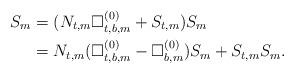
LaTeX: \begin{align*}S_m&=(N_{t,m}\Box^{(0)}_{t,b,m}+S_{t,m})S_m\\&=N_{t,m}(\Box^{(0)}_{t,b,m}-\Box^{(0)}_{b,m})S_m+S_{t,m}S_m.\end{align*}